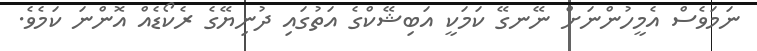
ނަމަވެސް އެމީހުންނަށް ނޭނގޭ ކަމަކީ އަބިޝޭކްގެ އަތުގައި ދުނިޔޭގެ ރެކޯޑެއް އޮންނަ ކަމެވެ.